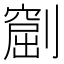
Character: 𠟶